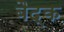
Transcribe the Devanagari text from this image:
बैद्क